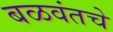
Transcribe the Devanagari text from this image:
बळवंतचे